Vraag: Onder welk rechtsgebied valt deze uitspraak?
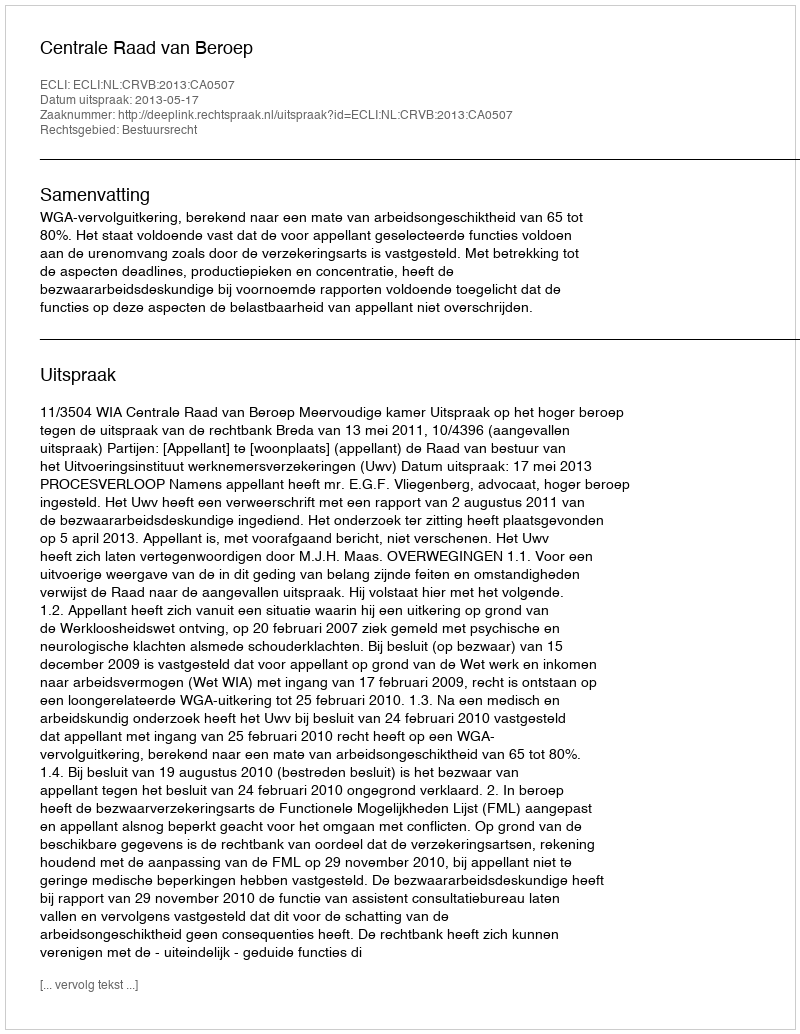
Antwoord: Bestuursrecht